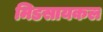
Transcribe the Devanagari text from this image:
मिडसायकल